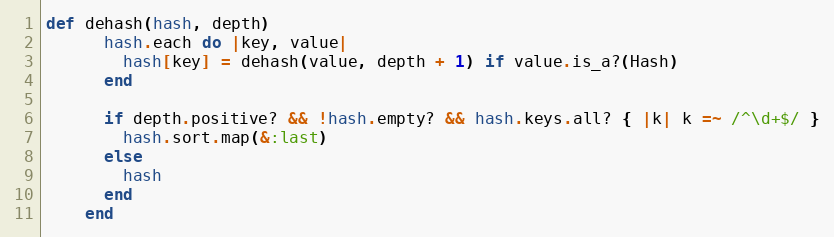
Language: Ruby
def dehash(hash, depth)
      hash.each do |key, value|
        hash[key] = dehash(value, depth + 1) if value.is_a?(Hash)
      end

      if depth.positive? && !hash.empty? && hash.keys.all? { |k| k =~ /^\d+$/ }
        hash.sort.map(&:last)
      else
        hash
      end
    end